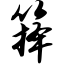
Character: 箨